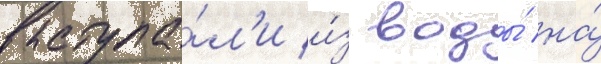
выступа́л'и и́з воды́ на́